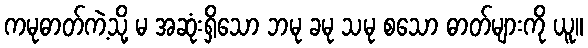
ကမုဓာတ်ကဲ့သို့ မ အဆုံးရှိသော ဘမု ခမု သမု စသော ဓာတ်များကို ယူ။